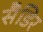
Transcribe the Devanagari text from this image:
सैडिर